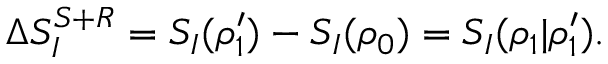
\Delta S _ { I } ^ { S + R } = S _ { I } ( \rho _ { 1 } ^ { \prime } ) - S _ { I } ( \rho _ { 0 } ) = S _ { I } ( \rho _ { 1 } | \rho _ { 1 } ^ { \prime } ) .